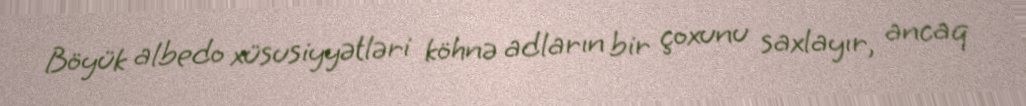
Böyük albedo xüsusiyyətləri köhnə adların bir çoxunu saxlayır, ancaq